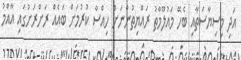
އަދި މިސިޔާސަތާއި ބެހޭ މައުލޫމާތު ރައްޔިތުންނަށް ހިއްސާ ކުރުމަށް ބައެއް ރަށްރަށުގައި އާއްމު